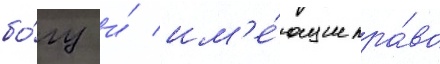
бо́гу и́ им'е́ющие пра́во